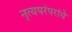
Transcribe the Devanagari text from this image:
नृत्यपरंपरांचे